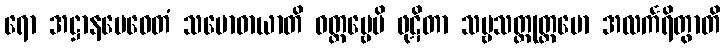
ရော အဋ္ဌာနမေဝေတံ သမောဓာယာတိ ဝတ္တဗ္ဗေပိ ဖုဋိတာ သဗ္ဗသတ္တုတ္တမော အလင်္ကရိတွာတိ